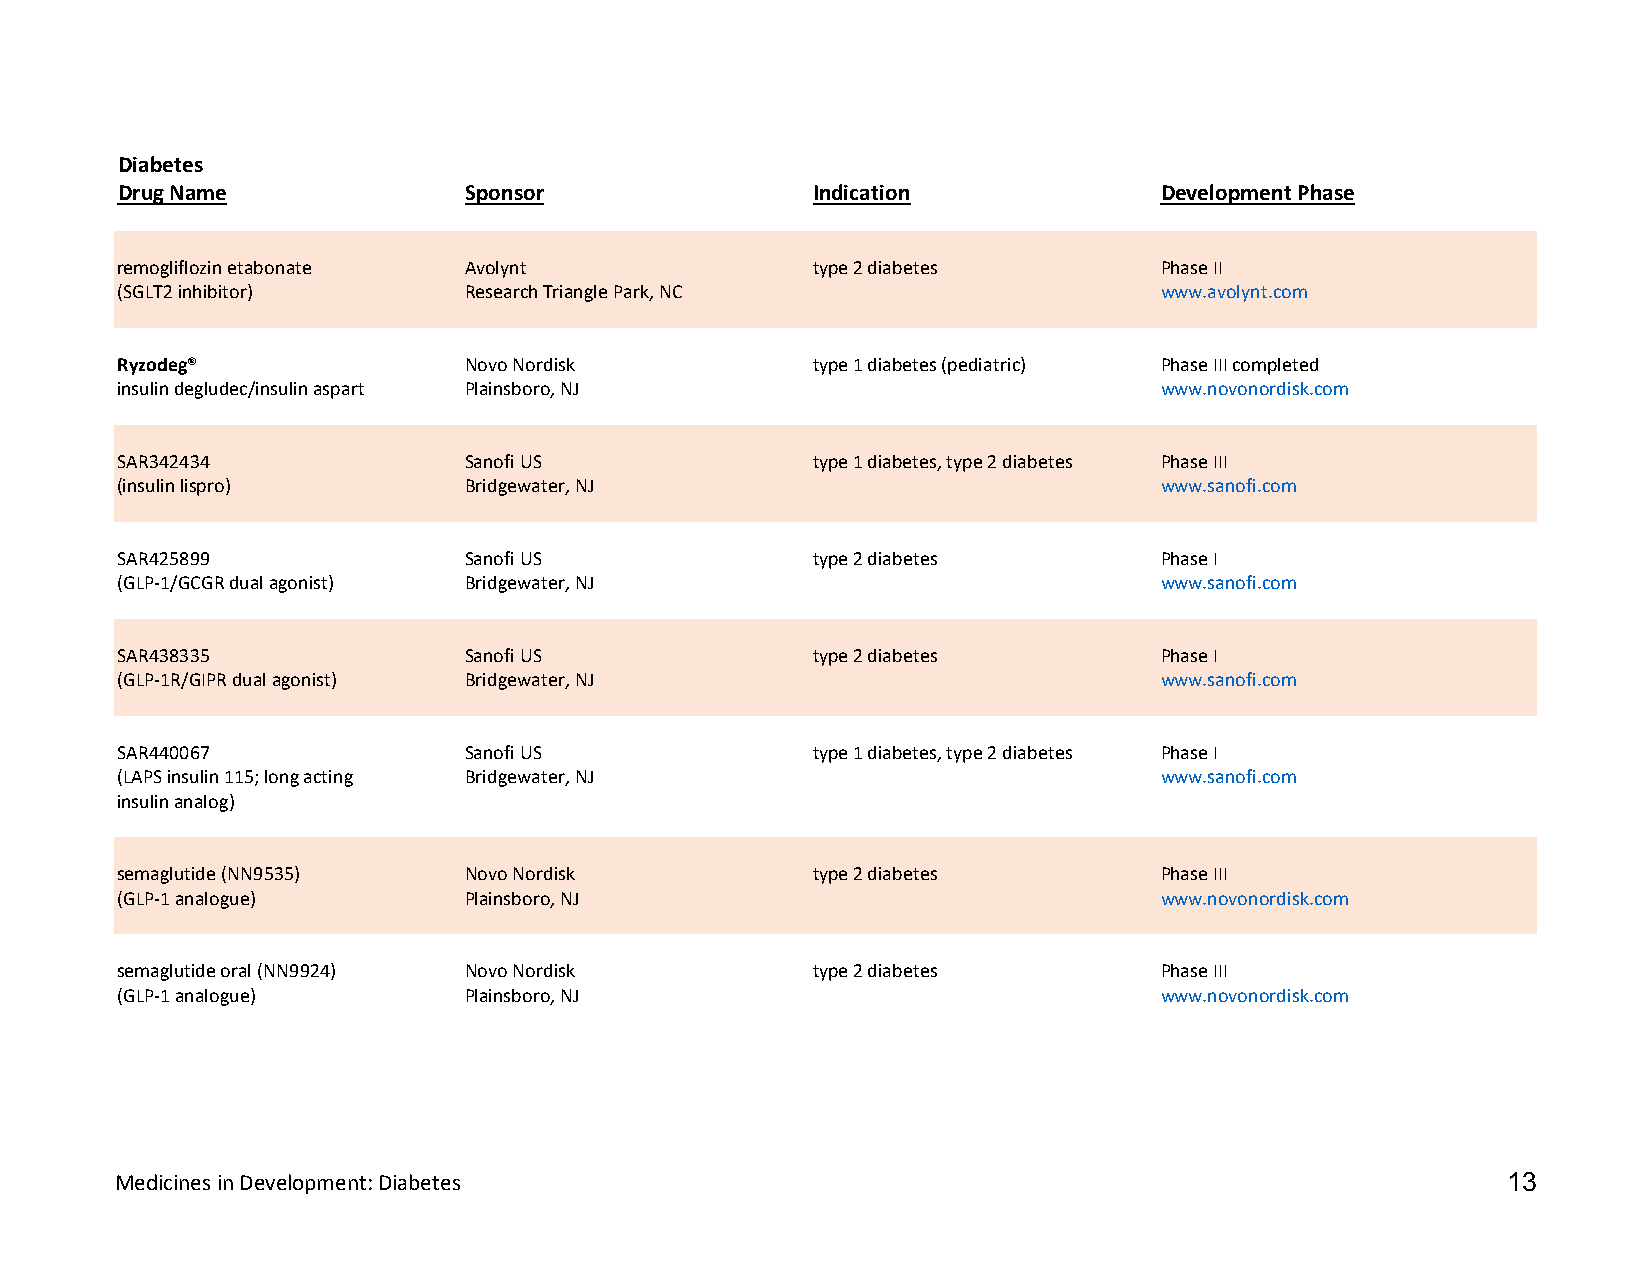
Diabetes
 Drug Name              Sponsor                Indication             Development Phase
 remogliflozin etabonate Avolynt               type 2 diabetes        Phase II
 (SGLT2 inhibitor)      Research Triangle Park, NC                    www.avolynt.com
 Ryzodeg®               Novo Nordisk           type 1 diabetes (pediatric) Phase III completed
 insulin degludec/insulin aspart Plainsboro, NJ                       www.novonordisk.com
 SAR342434              Sanofi US              type 1 diabetes, type 2 diabetes Phase III
 (insulin lispro)       Bridgewater, NJ                               www.sanofi.com
 SAR425899              Sanofi US              type 2 diabetes        Phase I
 (GLP-1/GCGR dual agonist) Bridgewater, NJ                            www.sanofi.com
 SAR438335              Sanofi US              type 2 diabetes        Phase I
 (GLP-1R/GIPR dual agonist) Bridgewater, NJ                           www.sanofi.com
 SAR440067              Sanofi US              type 1 diabetes, type 2 diabetes Phase I
 (LAPS insulin 115; long acting Bridgewater, NJ                       www.sanofi.com
 insulin analog)
 semaglutide (NN9535)   Novo Nordisk           type 2 diabetes        Phase III
 (GLP-1 analogue)       Plainsboro, NJ                                www.novonordisk.com
 semaglutide oral (NN9924) Novo Nordisk        type 2 diabetes        Phase III
 (GLP-1 analogue)       Plainsboro, NJ                                www.novonordisk.com
 Medicines in Development: Diabetes                                                          13